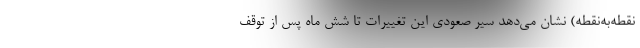
نقطه‌به‌نقطه) نشان می‌دهد سیر صعودی این تغییرات تا شش ماه پس از توقف